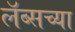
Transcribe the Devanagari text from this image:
लॅब्सच्या